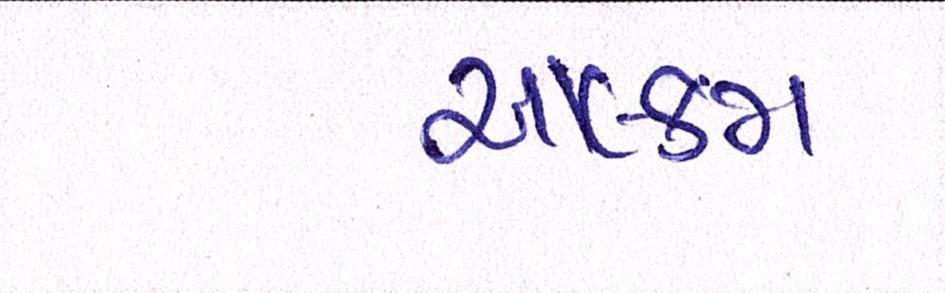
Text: આલ્કમ